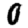
Digit: 0